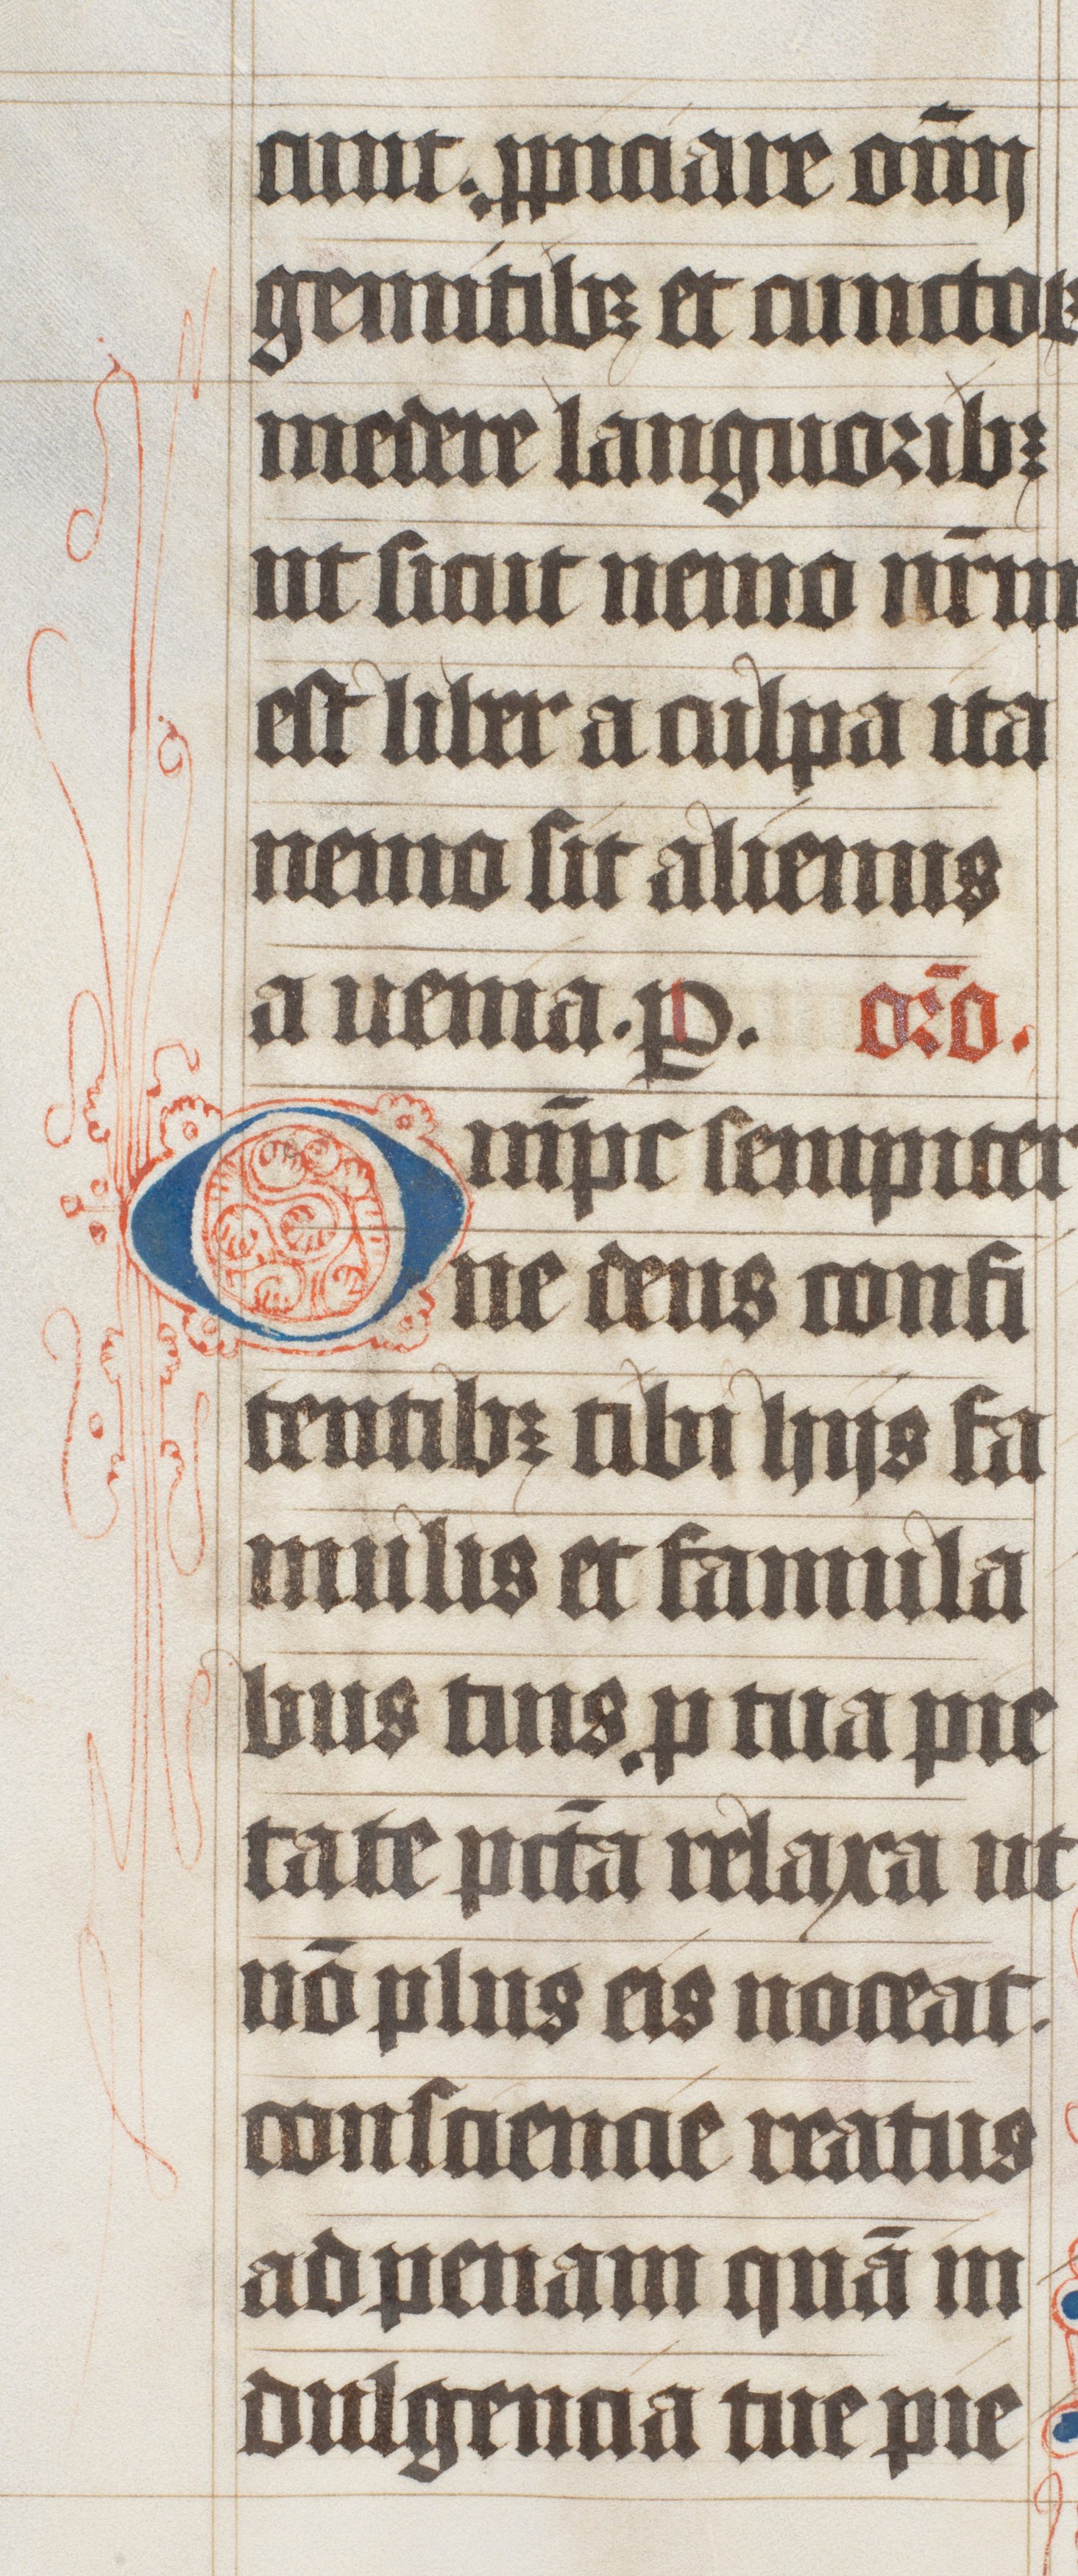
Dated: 1447–1478